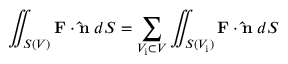
\iint _ { S ( V ) } \mathbf { F } \cdot \mathbf { \hat { n } } \; d S = \sum _ { V _ { \mathrm { i } } \subset V } \iint _ { S ( V _ { \mathrm { i } } ) } \mathbf { F } \cdot \mathbf { \hat { n } } \; d S